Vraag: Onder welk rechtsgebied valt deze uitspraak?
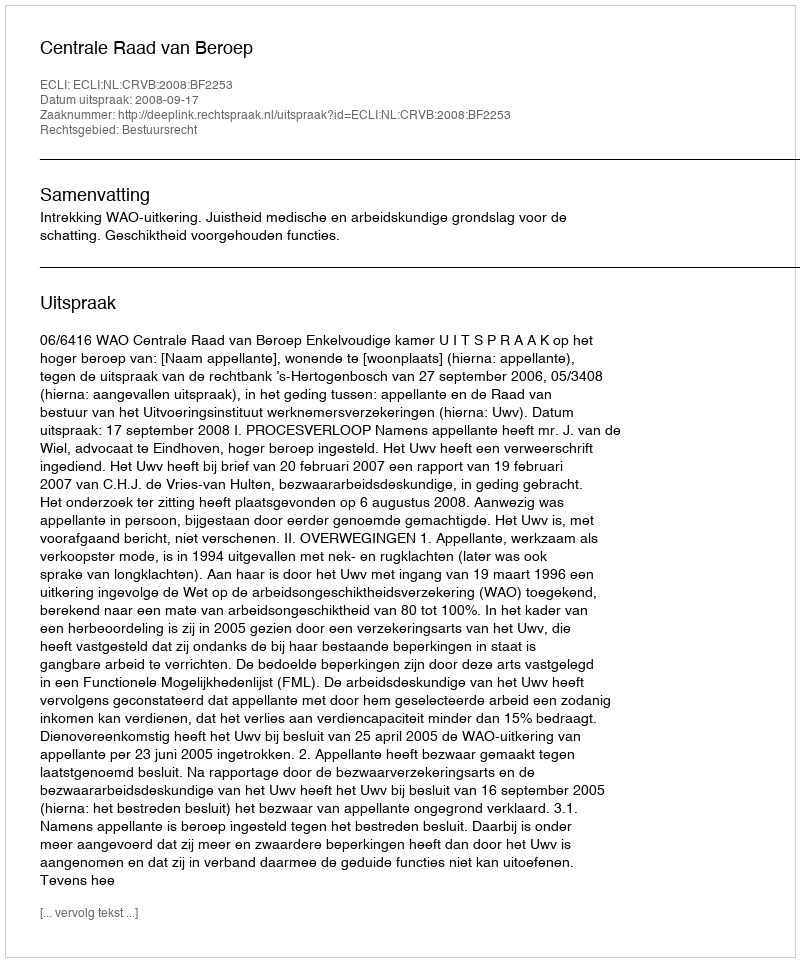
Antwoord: Bestuursrecht